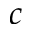
c